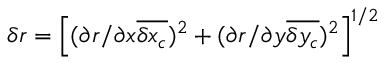
\delta { r } = \left[ ( \partial { r } / \partial { x } \overline { { \delta { x _ { c } } } } ) ^ { 2 } + ( \partial { r } / \partial { y } \overline { { \delta { y _ { c } } } } ) ^ { 2 } \right] ^ { 1 / 2 }